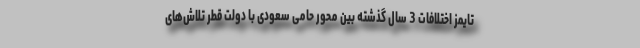
تایمز اختلافات 3 سال گذشته بین محور حامی سعودی با دولت قطر تلاش‌های